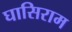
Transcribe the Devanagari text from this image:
घासिराम